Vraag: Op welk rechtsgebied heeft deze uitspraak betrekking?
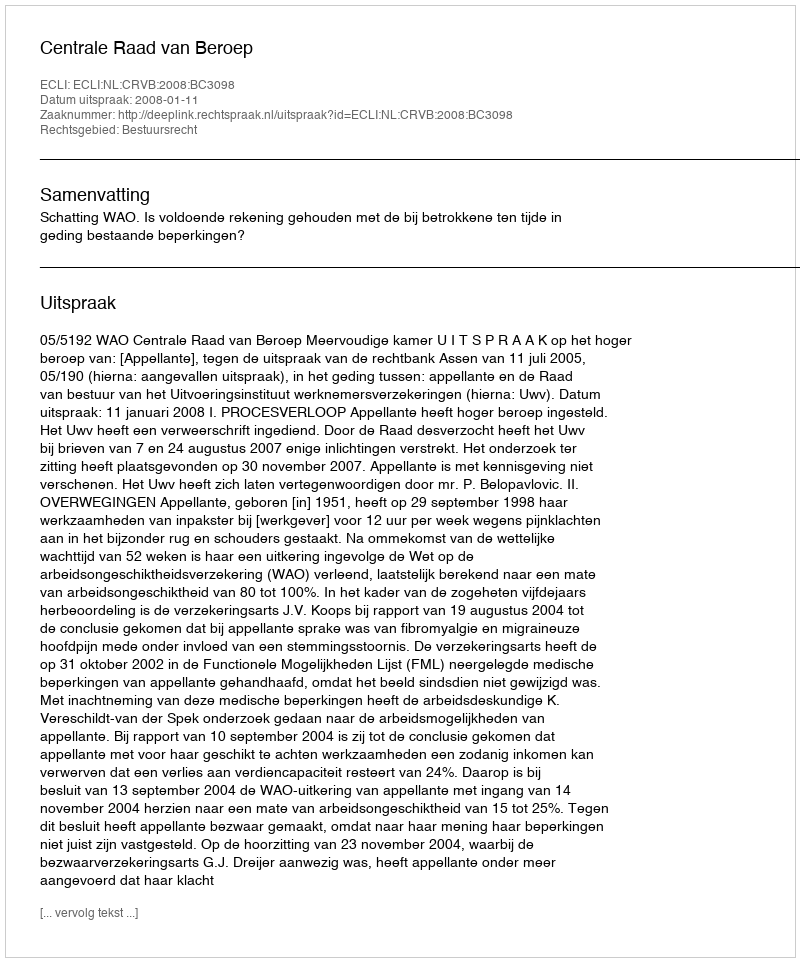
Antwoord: Bestuursrecht